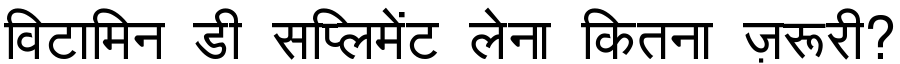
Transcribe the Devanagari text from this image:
विटामिन डी सप्लिमेंट लेना कितना ज़रूरी?